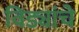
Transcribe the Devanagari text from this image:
विड्यांचे